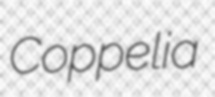
Coppelia